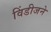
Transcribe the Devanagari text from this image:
विंडीजने